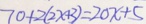
7 0 + 2 ( 2 x + 3 ) = 2 0 x + 5